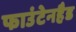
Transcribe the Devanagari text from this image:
फाउंटेनहैड